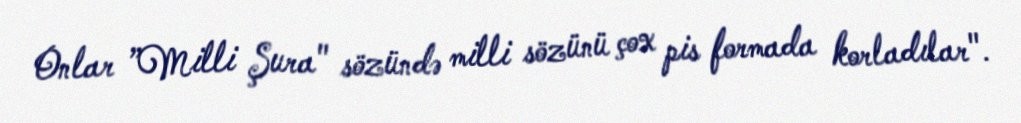
Onlar ”Milli Şura" sözündə milli sözünü çox pis formada korladılar".